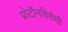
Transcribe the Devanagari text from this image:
प्रोटॉनविरोधी